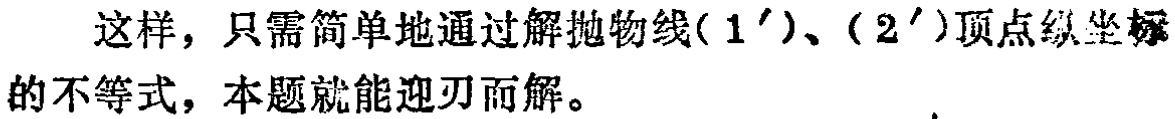
这样，只需简单地通过解抛物线\((1')\)、\((2')\)顶点纵坐标的不等式，本题就能迎刃而解。